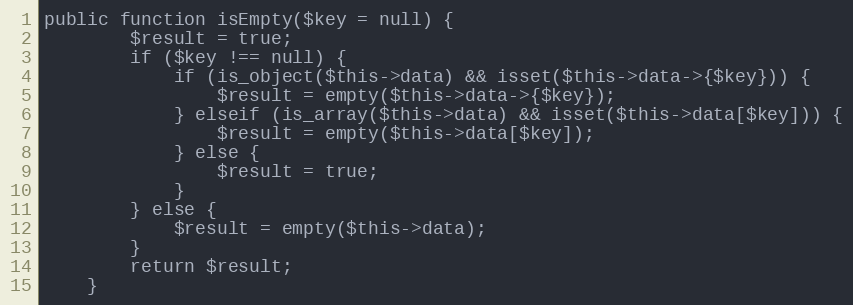
Language: PHP
public function isEmpty($key = null) {
		$result = true;
		if ($key !== null) {
			if (is_object($this->data) && isset($this->data->{$key})) {
				$result = empty($this->data->{$key});
			} elseif (is_array($this->data) && isset($this->data[$key])) {
				$result = empty($this->data[$key]);
			} else {
				$result = true;
			}
		} else {
			$result = empty($this->data);
		}
		return $result;
	}